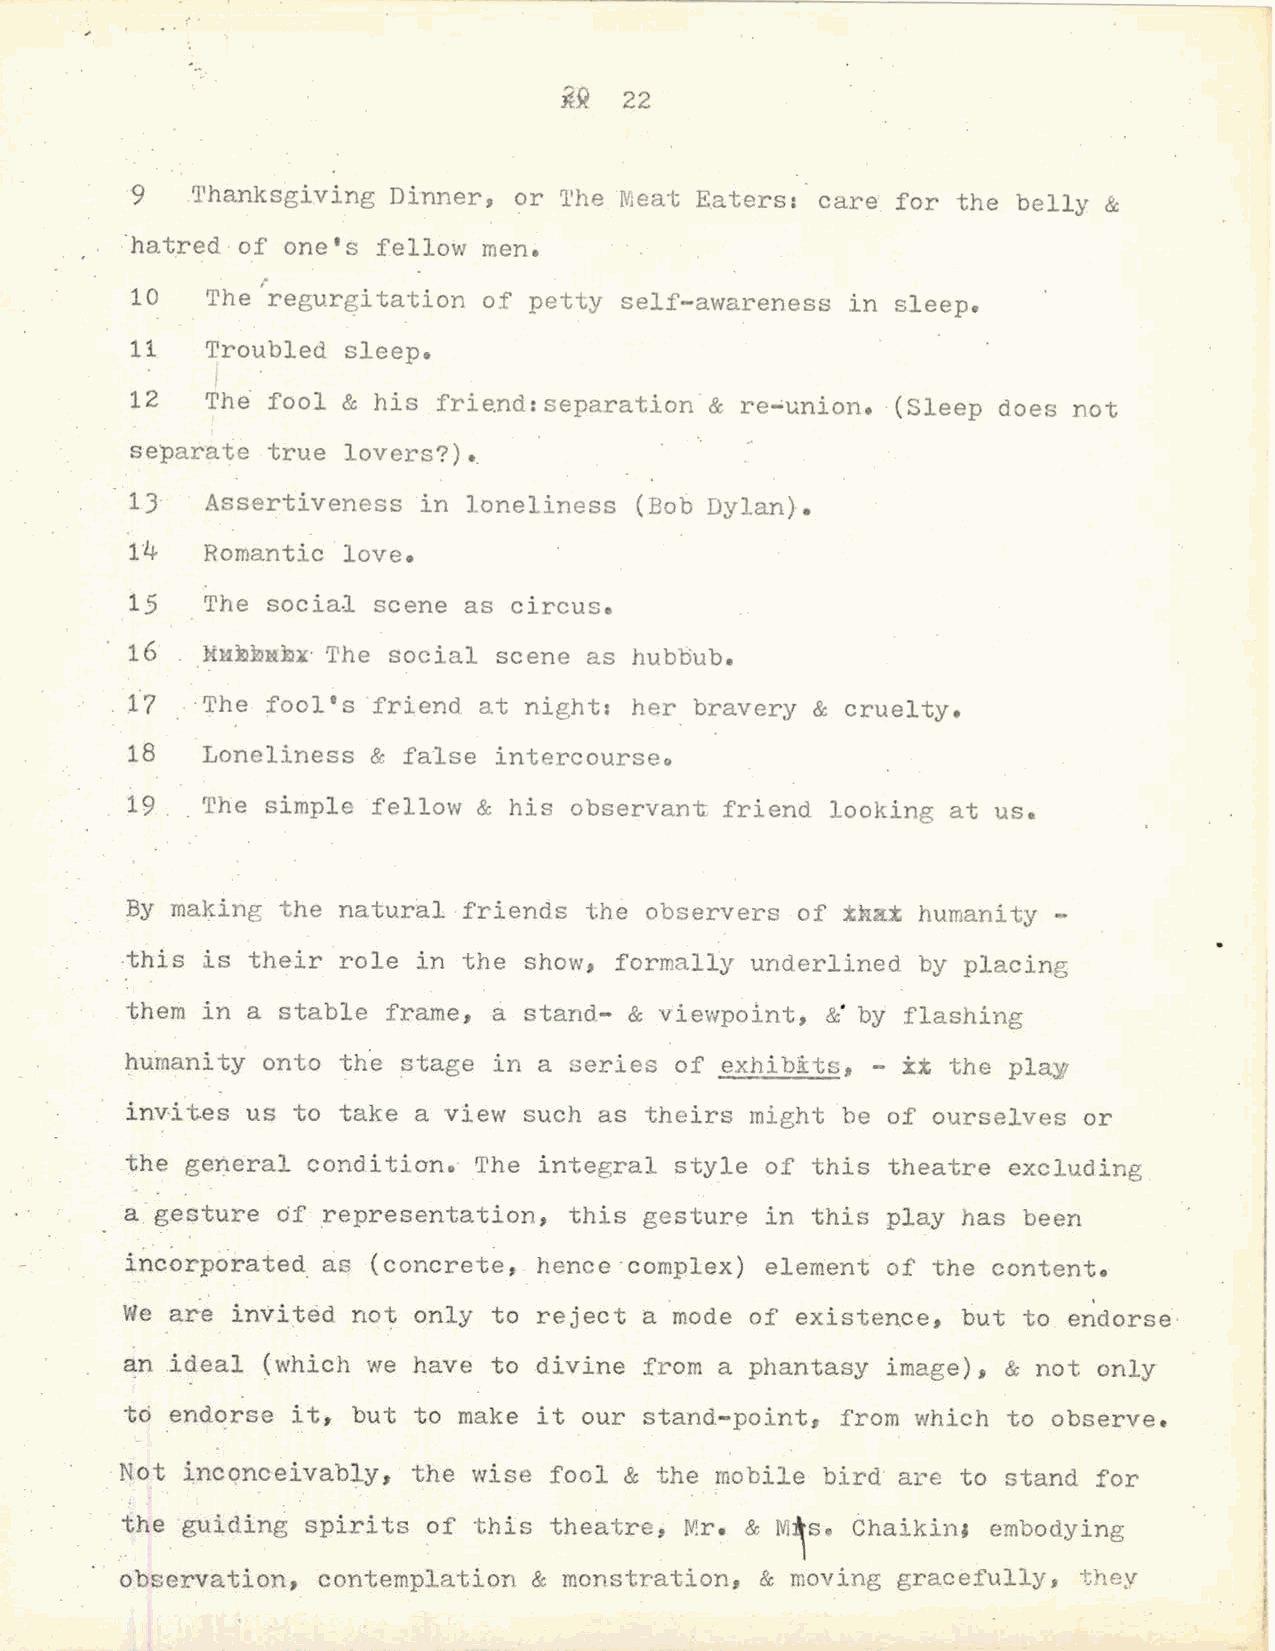
1f9 22
 0 / .'rhanksgiving Dinner, or 'l'he Meat Eaters: care for the belly &
 ·hatred of one's felloW men.
 10   The ,.regurgitation of petty self-awareness in sleep.
 11   Troubled sleep.
 12   The· fool & his frie.nd: separation· & re-union. ·(Sleep does not
 se·parate true lovers?).
 13   Assertiveness in loneliness (Bob Dylan).
 1·4  Romantic · love.
 15   The social scene as circus.
 16   MMEENEx· The social scene as hubbub.
 f7  .·The fool's friend at night: her bravery & cruelty.
 18   Loneliness  & false intercourseQ
 19 . The  simple fellow & his observant friend looking at us.
 By making the naturi::l.l ·friends the observers of t.Ha:t humanity -
 this is their role  in the show, formally underlined by placing
 them in a stable  frame, a stand.- & viewpoint, &' by flashing
 humanity onto  th'e stage in a series of exhi bii:ts, - it the pla;w
 invi t.es us to take a view such as theirs might be of ourselves or
 the general condition. The  integral style of this theatre excluding
 I
 a gesture df representation,  this gesture in this play has been
 l
 i~c~rp6raied as  (concrete, hence·complex) element of the content.
 .
 We are invited. not only to reject a mode of existence, but to endorse·     II
 an ideal (which we have  to divine from a phantasy image)s & not only       I
 to endorse it, but to make  it our stand-point, from which to observe.      t
 I
 Not inconceivably, the wise fool & the mobile bird  are to stand for
 · the guiding spirits of this theatre, Mr. & M~s. 6haikin• embodying
 observation, contemplation & monstration, & moving gracefully, they